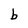
Character: b